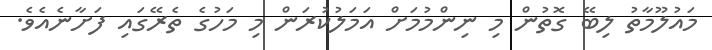
މައުލޫމާތު ލިބޭ ގޮތުން މި ނިންމުމަށް އަމަލުކުރަން މި މަހުގެ ތެރޭގައި ފަށާނެއެވެ.